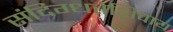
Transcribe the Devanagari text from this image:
संदिग्धतेशिवाय